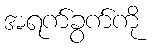
အရက်ခွက်ကို